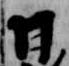
日